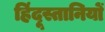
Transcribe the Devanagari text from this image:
हिंदूस्तानियों